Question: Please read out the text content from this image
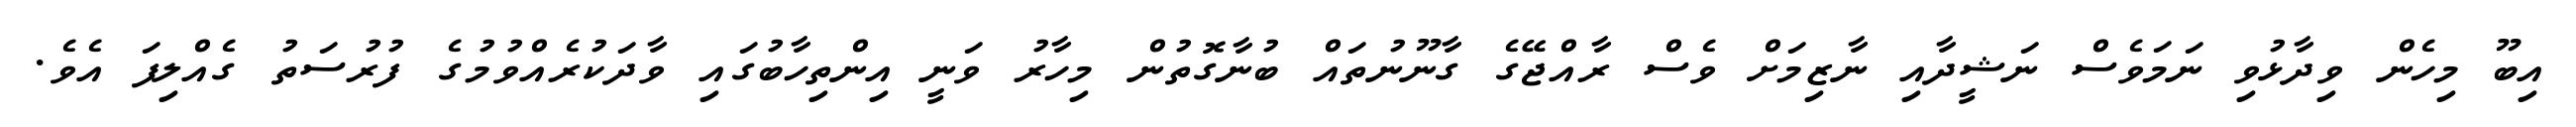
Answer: އިބޫ މިހެން ވިދާޅުވި ނަމަވެސް ނަޝީދާއި ނާޒިމަށް ވެސް ރާއްޖޭގެ ގާނޫނުތައް ބުނާގޮތުން މިހާރު ވަނީ އިންތިހާބުގައި ވާދަކުރެއްވުމުގެ ފުރުސަތު ގެއްލިފަ އެވެ.